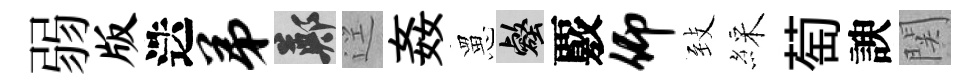
弱版迭弟鄭逕姦罳壑覈仰𦤺綵萄諛関